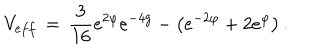
V _ { e f f } \, = \, \frac { 3 } { 1 6 } e ^ { 2 \varphi } e ^ { - 4 g } - \left( e ^ { - 2 \varphi } + 2 e ^ { \varphi } \right) .